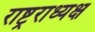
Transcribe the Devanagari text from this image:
राष्ट्रराध्यक्ष